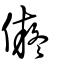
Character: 儗